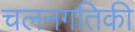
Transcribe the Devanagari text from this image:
चलनगतिकी